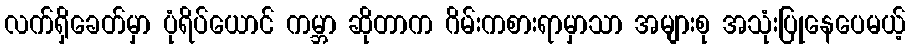
လက်ရှိခေတ်မှာ ပုံရိပ်ယောင် ကမ္ဘာ ဆိုတာက ဂိမ်းကစားရာမှာသာ အများစု အသုံးပြုနေပေမယ့်